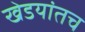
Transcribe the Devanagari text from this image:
खेडयांतच